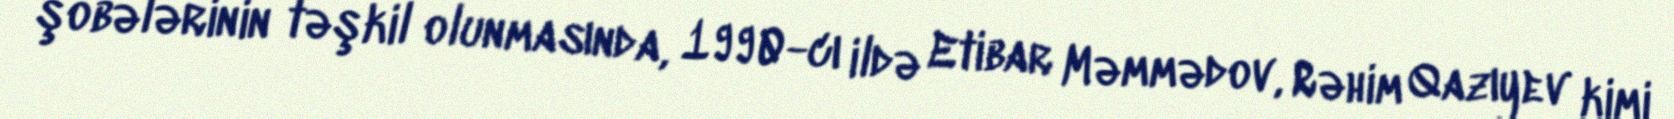
şöbələrinin təşkil olunmasında, 1990-cı ildə Etibar Məmmədov, Rəhim Qazıyev kimi